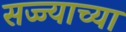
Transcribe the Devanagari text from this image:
सज्ज्याच्या